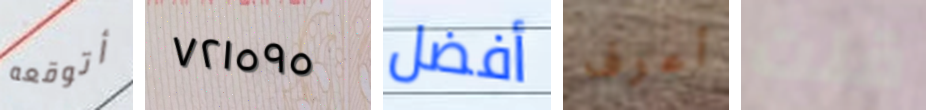
أتوقعه ٧٢١٥٩٥ أفضل أعرف قلت